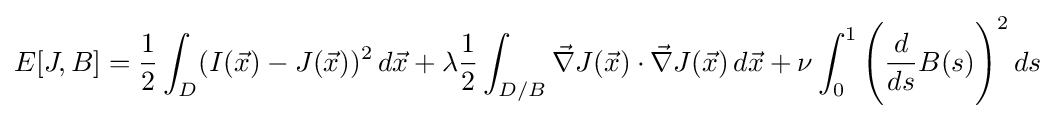
E[J,B]={\frac {1}{2}}\int _{D}(I({\vec {x}})-J({\vec {x}}))^{2}\,d{\vec {x}}+\lambda {\frac {1}{2}}\int _{D/B}{\vec {\nabla }}J({\vec {x}})\cdot {\vec {\nabla }}J({\vec {x}})\,d{\vec {x}}+\nu \int _{0}^{1}{\Bigg (}{\frac {d}{ds}}B(s){\Bigg )}^{2}\,ds